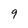
Character: 9